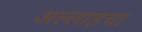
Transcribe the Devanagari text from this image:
अल्लाहचा